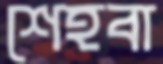
শেহবা